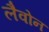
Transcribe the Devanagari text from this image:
लैवोन